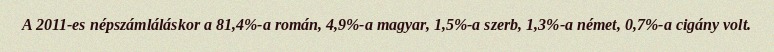
A 2011-es népszámláláskor a 81,4%-a román, 4,9%-a magyar, 1,5%-a szerb, 1,3%-a német, 0,7%-a cigány volt.